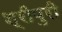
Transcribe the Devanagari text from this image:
श्रीपुरी